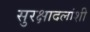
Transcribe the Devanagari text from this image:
सुरक्षादलांशी